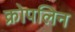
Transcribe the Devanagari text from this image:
क्रोपलिन